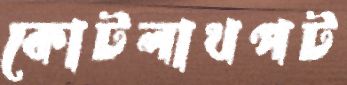
কোটলাখপট